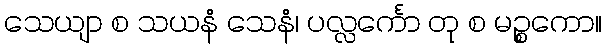
သေယျာ စ သယနံ သေနံ၊ ပလ္လင်္ကော တု စ မဉ္စကော။